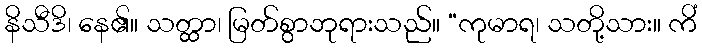
နိသီဒိ၊ နေ၏။ သတ္ထာ၊ မြတ်စွာဘုရားသည်။ “ကုမာရ၊ သတို့သား။ ကိံ